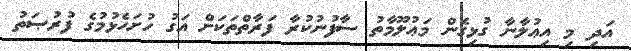
އަދި މި އިޢުލާނާ ގުޅިގެން މަޢުލޫމާތު ސާފުނުކުރާ ފަރާތްތަކަށް އަގު ހުށަހެޅުމުގެ ފުރުޞަތު